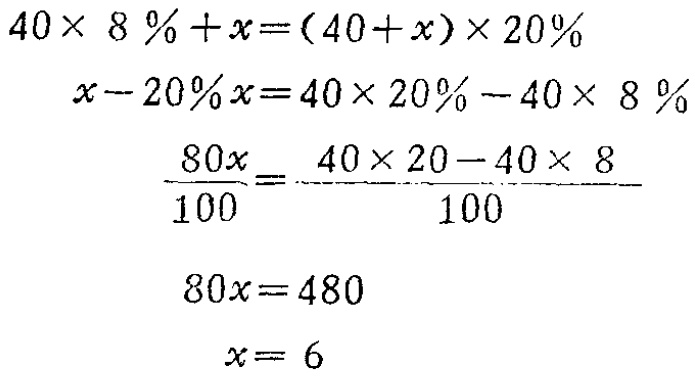
\[

\begin{align*}

40\times 8\%+x&=(40 + x)\times 20\%\\

x - 20\%x&=40\times 20\% - 40\times 8\%\\

\frac{80x}{100}&=\frac{40\times 20 - 40\times 8}{100}\\

80x&=480\\

x&=6

\end{align*}

\]